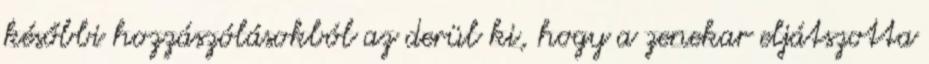
későbbi hozzászólásokból az derül ki, hogy a zenekar eljátszotta